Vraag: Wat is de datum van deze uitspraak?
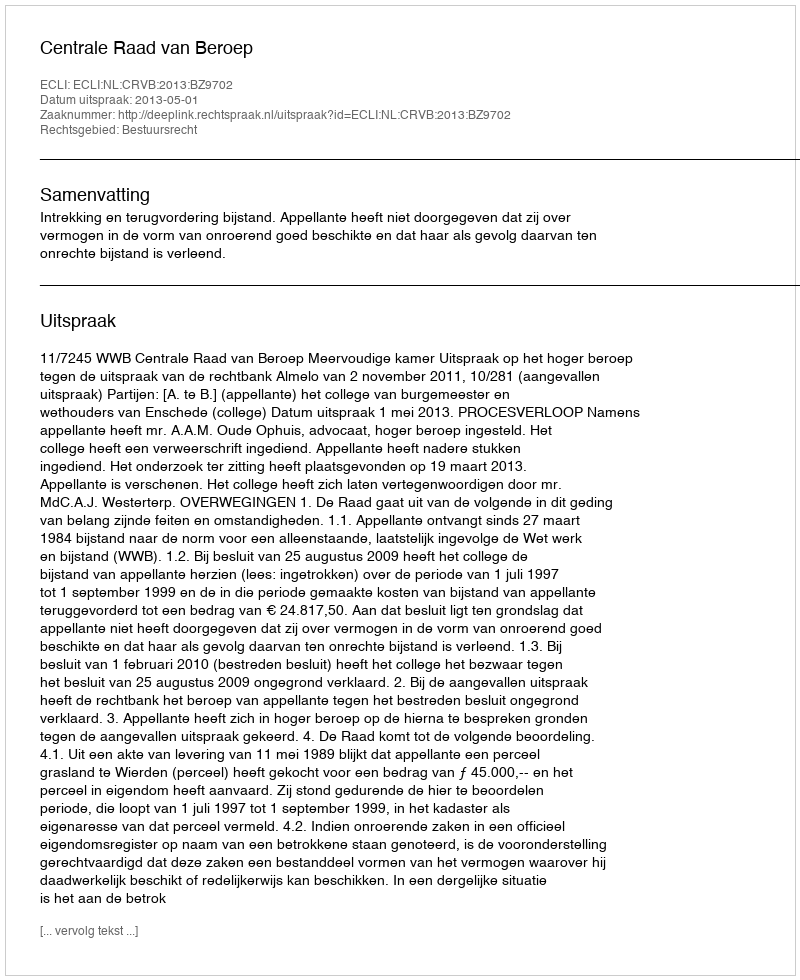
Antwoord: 2013-05-01